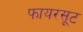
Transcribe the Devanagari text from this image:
फायरसूट